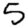
Digit: 5